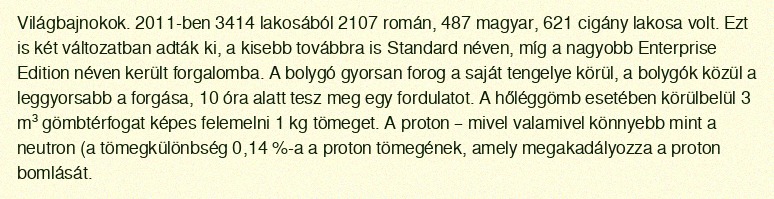
Világbajnokok. 2011-ben 3414 lakosából 2107 román, 487 magyar, 621 cigány lakosa volt. Ezt is két változatban adták ki, a kisebb továbbra is Standard néven, míg a nagyobb Enterprise Edition néven került forgalomba. A bolygó gyorsan forog a saját tengelye körül, a bolygók közül a leggyorsabb a forgása, 10 óra alatt tesz meg egy fordulatot. A hőléggömb esetében körülbelül 3 m³ gömbtérfogat képes felemelni 1 kg tömeget. A proton – mivel valamivel könnyebb mint a neutron (a tömegkülönbség 0,14 %-a a proton tömegének, amely megakadályozza a proton bomlását.